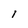
Character: I